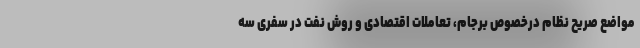
مواضع صریح نظام درخصوص برجام، تعاملات اقتصادی و روش نفت در سفری سه